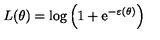
L ( \theta ) = \log \left( 1 + \mathrm { e } ^ { - \varepsilon \left( \theta \right) } \right)